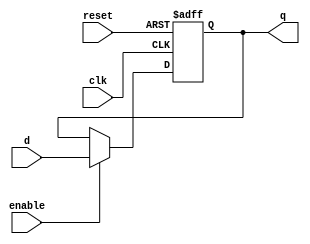
module dffe_async(clk, d, q, enable, reset);
	 //input
	 input clk, d, enable, reset;
	 
	 //output
	 output reg q;
     
     initial begin
        q <= 1'b0;
     end
	 
	 always@(posedge clk or posedge reset) begin
		if (reset) begin
			q <= 1'b0;
		end else if (enable) begin
			q <= d;
		end
	 end
endmodule